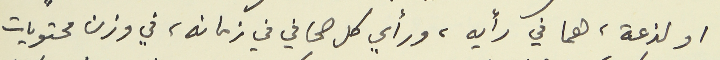
او لذعة، هما في رأيه، ورأي كل صحافي في زمانه، في وزن محتويات